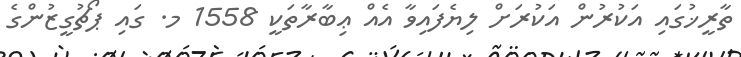
ތާރީޚުގައި އަކުރުން އަކުރަށް ލިޔެފައިވާ އެއް ޢިބާރާތަކީ 1558 މ. ގައި ޕޯޗުގީޒުންގެ